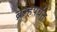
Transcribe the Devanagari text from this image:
ब्रम्हपर्यंत